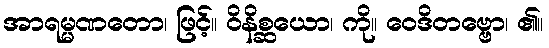
အာရမ္မဏတော၊ ဖြင့်။ ဝိနိစ္ဆယော၊ ကို။ ဝေဒိတဗ္ဗော၊ ၏။